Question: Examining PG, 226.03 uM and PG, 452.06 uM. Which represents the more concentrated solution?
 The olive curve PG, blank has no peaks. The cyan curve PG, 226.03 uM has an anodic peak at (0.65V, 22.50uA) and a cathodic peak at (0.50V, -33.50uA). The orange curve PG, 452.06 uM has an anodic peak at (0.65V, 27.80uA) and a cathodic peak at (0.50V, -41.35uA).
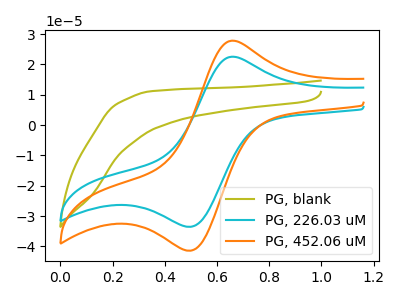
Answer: <think>All the peaks in "PG, 226.03 uM" have a peak in "PG, 452.06 uM" at the same potential. Every peak in "PG, 226.03 uM" is lower than every peak in "PG, 452.06 uM".
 </think>
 <answer>"PG, 226.03 uM" has less signal than "PG, 452.06 uM" and so likely has a lower concentration.</answer>
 <eval>less_concentration</eval>